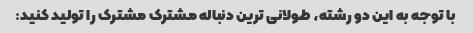
با توجه به این دو رشته، طولانی ترین دنباله مشترک مشترک را تولید کنید: